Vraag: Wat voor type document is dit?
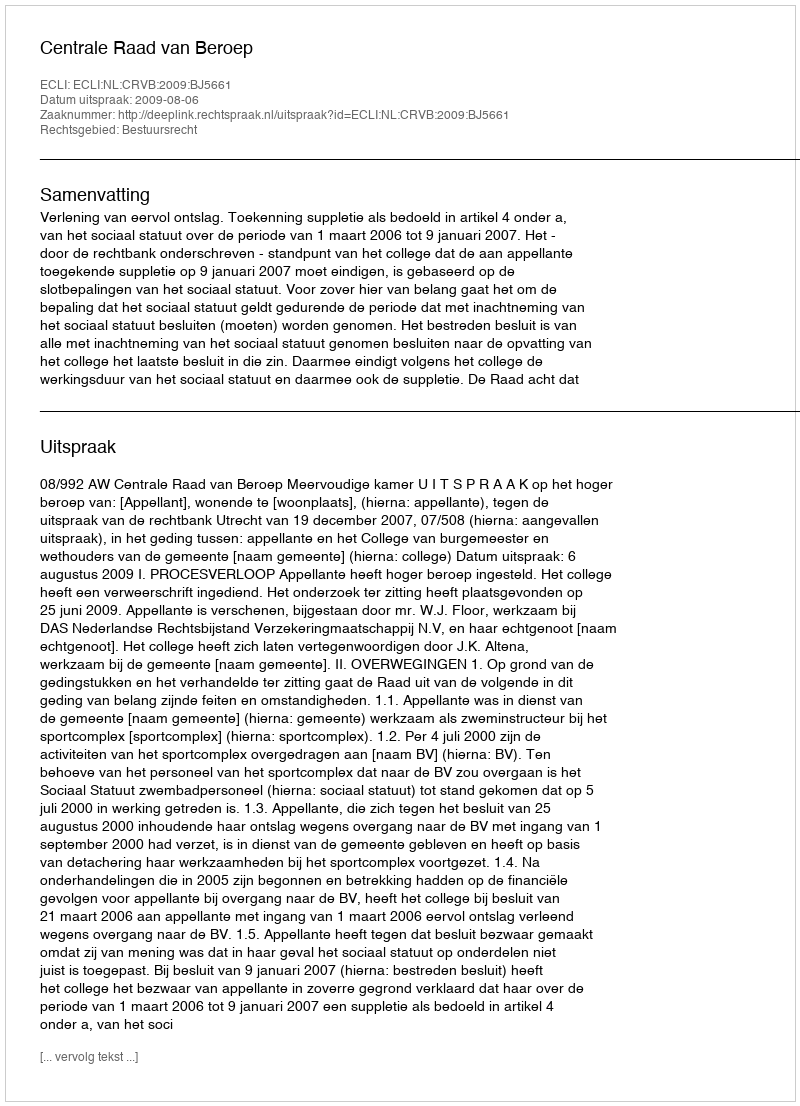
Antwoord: Uitspraak